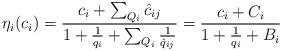
LaTeX: \begin{align*}\eta_i(c_i)=\frac{c_i+\sum_{Q_i}{\hat{c}_{ij}}}{1+\frac{1}{q_i}+\sum_{Q_i}{\frac{1}{\hat{q}_{ij}}}}=\frac{c_i+C_i}{1+\frac{1}{q_i}+B_i}\end{align*}